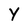
Character: Y